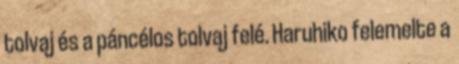
tolvaj és a páncélos tolvaj felé. Haruhiko felemelte a